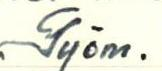
Työm.